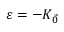
\varepsilon = - K _ { \vec { 0 } }